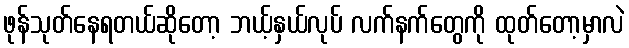
ဖုန်သုတ်နေရတယ်ဆိုတော့ ဘယ့်နှယ်လုပ် လက်နက်တွေကို ထုတ်တော့မှာလဲ